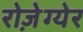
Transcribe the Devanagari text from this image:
रोज़ेग्येर